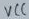
Text: VCC